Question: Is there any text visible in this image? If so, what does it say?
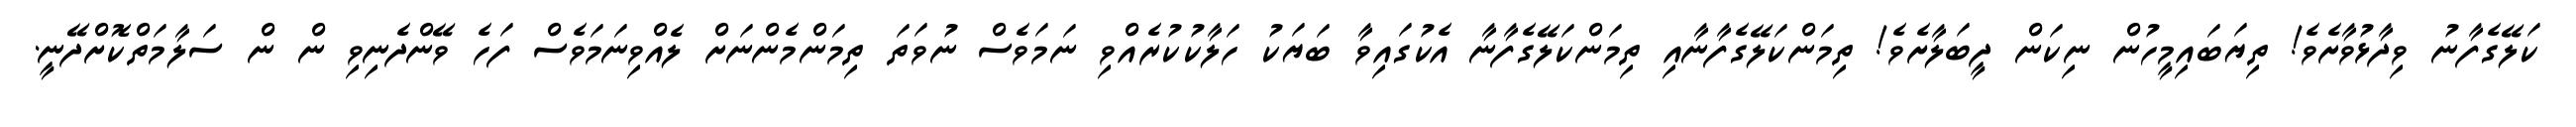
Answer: ކަލޭގެފާނު ވިދާޅުވާށެވެ! ތިޔަބައިމީހުން ނިކަން ދީބަލާށެވެ! ތިމަންކަލޭގެފާނާއި ތިމަންކަލޭގެފާނާ އެކުގައިވާ ބަޔަކު ހަލާކުކުރެއްވި ނަމަވެސް ނުވަތަ ތިމަންމެންނަށް ލެއްވިނަމަވެސް ފަހެ ވޭންދެނިވި ން ން ސަލާމަތްކޮށްދޭނީ.